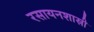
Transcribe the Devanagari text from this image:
रसायनशास्री